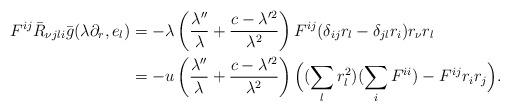
LaTeX: \begin{align*}F^{ij}\bar{R}_{\nu jli}\bar{g}(\lambda\partial_{r},e_{l})&=-\lambda\left(\frac{\lambda''}{\lambda}+\frac{c-\lambda'^{2}}{\lambda^{2}}\right)F^{ij}(\delta_{ij}r_{l}-\delta_{jl}r_{i}) r_{\nu}r_{l} \\&=-u\left(\frac{\lambda''}{\lambda}+\frac{c-\lambda'^{2}}{\lambda^{2}}\right)\Big((\sum_{l}r_{l}^{2})(\sum_{i}F^{ii})-F^{ij}r_{i}r_{j}\Big).\end{align*}